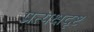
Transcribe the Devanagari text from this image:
प्रत्यक्षदृष्ट